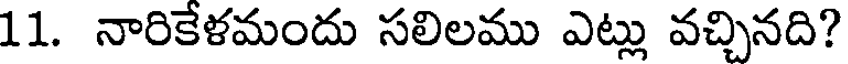
11. నారికేళమందు సలిలము ఎట్లు వచ్చినది?